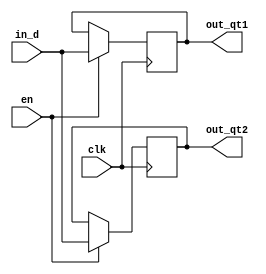
module d_trigger(clk,en,in_d,out_qt1,out_qt2);
	input clk;
	input en;
	input in_d;
	output reg out_qt1;
	output reg out_qt2;
	
	always @(posedge clk)
		if(en) begin
			out_qt1 = in_d;
			out_qt2 = out_qt1;
			end
		else begin
			out_qt1 = out_qt1;
			out_qt2 = out_qt2;
			end
			
endmodule